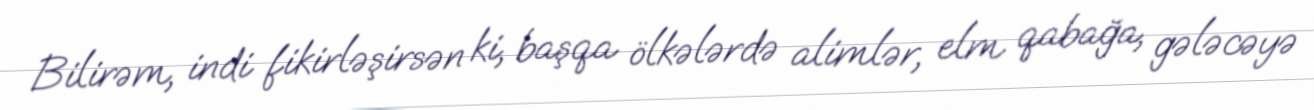
Bilirəm, indi fikirləşirsən ki, başqa ölkələrdə alimlər, elm qabağa, gələcəyə